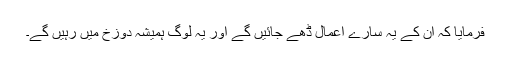
فرمایا کہ ان کے یہ سارے اعمال ڈھے جائیں گے اور یہ لوگ ہمیشہ دوزخ میں رہیں گے۔